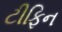
ટીફિન